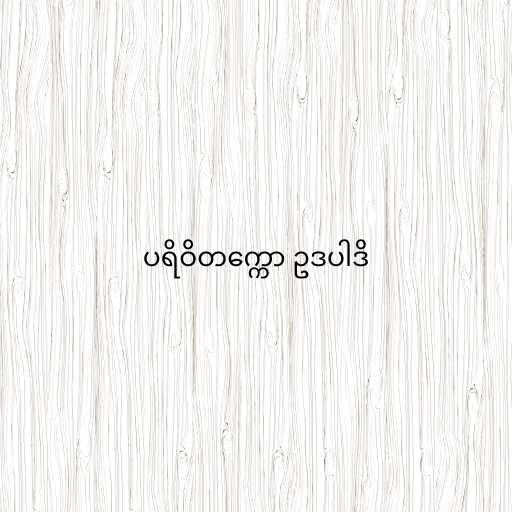
ပရိဝိတက္ကော ဥဒပါဒိ